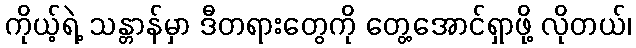
ကိုယ့်ရဲ့ သန္တာန်မှာ ဒီတရားတွေကို တွေ့အောင်ရှာဖို့ လိုတယ်၊